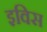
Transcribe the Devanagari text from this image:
इविस